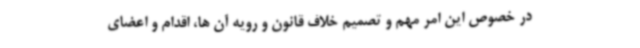
در خصوص این امر مهم و تصمیم خلاف قانون و رویه آن ها، اقدام و اعضای